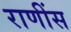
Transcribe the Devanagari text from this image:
राणींस